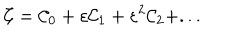
{ \cal C } = { \cal C } _ { 0 } + \varepsilon { \cal C } _ { 1 } + \varepsilon ^ { 2 } { \cal C } _ { 2 } + . . .